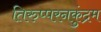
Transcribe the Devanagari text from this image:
तिरुप्परनकुंद्रम